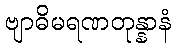
ဗျာဓိမရဏတုန္နာနံ